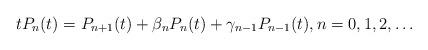
LaTeX: \begin{align*}t P_n(t) = P_{n+1}(t) +\beta_n P_n(t) + \gamma_{n-1} P_{n-1}(t),n =0,1,2,\dots\end{align*}